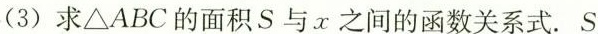
(3)求\triangle ABC的面积S与x之间的函数关系式.S